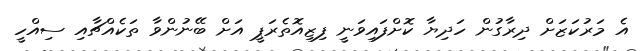
އެ މަރުކަޒަށް ދިރާގުން ހަދިޔާ ކޮށްފައިވަނީ ފިޒިއޮތެރަޕީ އަށް ބޭނުންވާ ތަކެއްޗާއި ސިއްހީ